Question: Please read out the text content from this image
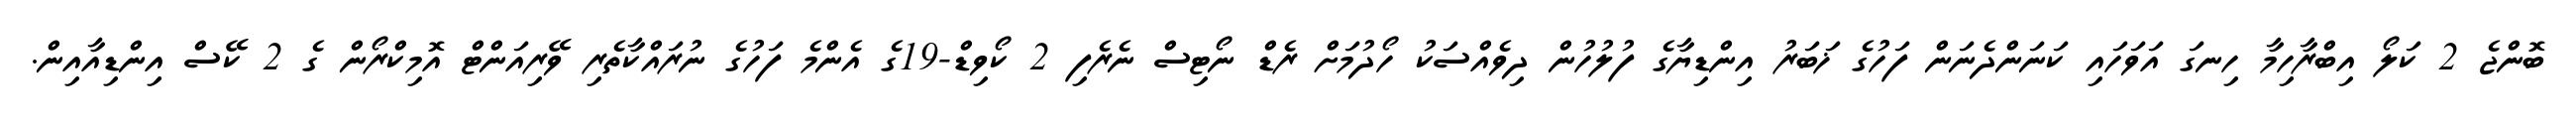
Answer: ބޮންޖެ 2 ކަލޯ އިބްރާހިމާ ހިނގަ އަވަހައި ކަނަންދެނަން ފަހުގެ ޚަބަރު އިންޑިޔާގެ ފުލުހުން ދިވެއްސަކު ހޯދުމަށް ރެޑް ނޯޓިސް ނެރެފި 2 ކޯވިޑް-19ގެ އެންމެ ފަހުގެ ނުރައްކާތެރި ވޭރިއަންޓް އޮމިކްރޯން ގެ 2 ކޭސް އިންޑިއާއިން.